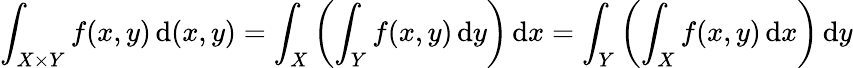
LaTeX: \int_{X\times Y}f(x,y)\, {\mathrm{d}}(x,y)=\int_{X}\left(\int_{Y}f(x,y)\, {\mathrm{d}}y\right)\, {\mathrm{d}}x=\int_{Y}\left(\int_{X}f(x,y)\, {\mathrm{d}}x\right)\, {\mathrm{d}}y